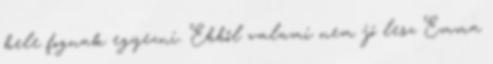
bele fognak egyezni. Ebből valami nem jó lesz Emma